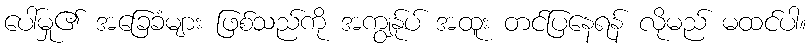
ပေါ်မှု၏ အခြေခံများ ဖြစ်သည်ကို အကျွန်ုပ် အထူး တင်ပြနေရန် လိုမည် မထင်ပါ။